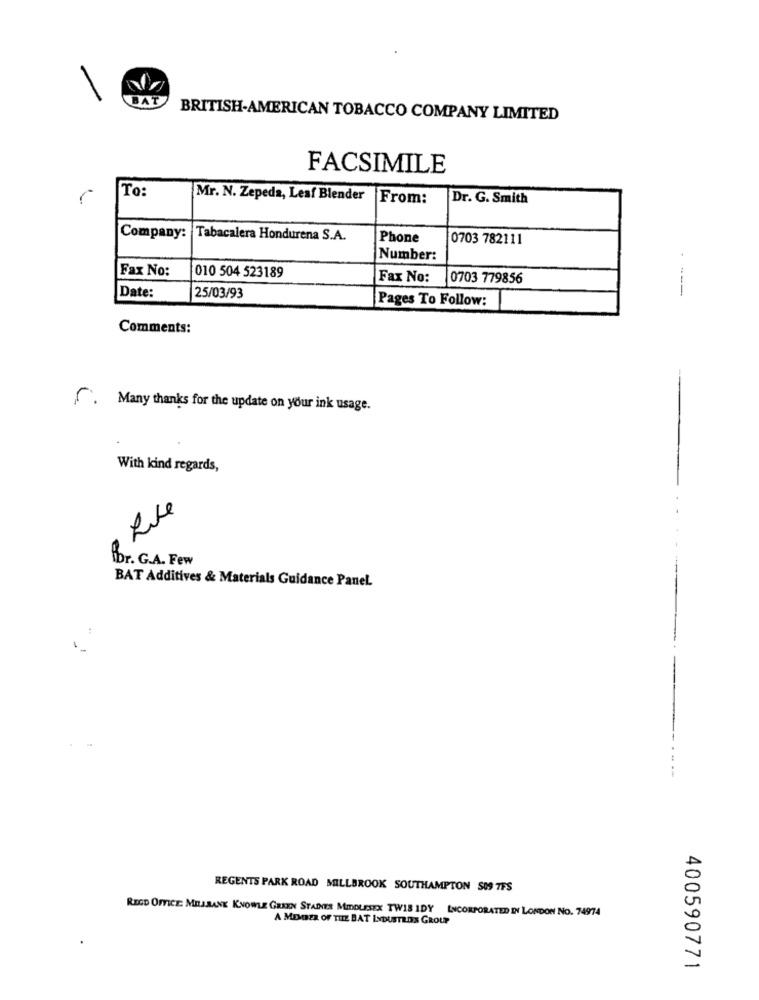
BAT
BRITISH-AMERICAN TOBACCO COMPANY LIMITED
FACSIMILE
To:
Mr. N. Zepeda, Leaf Blender
From:
Dr. G. Smith
Company: Tabacalera Hondurena S.A.
Phone
0703 782111
Number:
Fax No:
010 504 523189
Fax No:
0703 779856
Date:
- --
25/03/93
Pages To Follow:
Comments:
[. Many thanks for the update on your ink usage.
With kind regards,
Rue
fbr. G.A. Few
BAT Additives & Materials Guidance Panel.
REGENTS PARK ROAD MILLBROOK SOUTHAMPTON 509 7FS
REGD OFFICE: MILBANK KNOWLE GREEN STAINES MIDDLESEX TWIS IDY INCORPORATED IN LONDON NO. 74974
A MEMBER OF THE BAT LYDUSTEDES GROUP
400590771